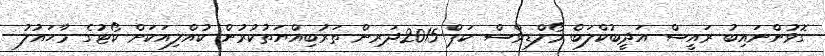
ގޮވުންނައިބު ރައީސް އަދީބުކްލަބް މޯލްޑިވްސް ކަޕް 2015ދަރިން ތަރުބިއްޔަތުކުރުން ކުއްލިއަކަށް ކޯޓުގެ މާޙައުލު